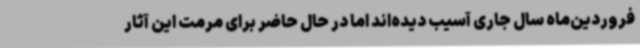
فروردین‌ماه سال جاری آسیب دیده‌اند اما در حال حاضر برای مرمت این آثار